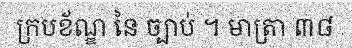
ក្របខ័ណ្ឌ នៃ ច្បាប់ ។ មាត្រា ៣៨